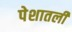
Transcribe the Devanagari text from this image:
पेशातली